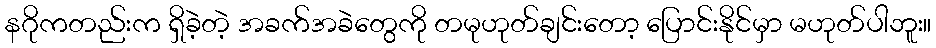
နဂိုကတည်းက ရှိခဲ့တဲ့ အခက်အခဲတွေကို တမုဟုတ်ချင်းတော့ ပြောင်းနိုင်မှာ မဟုတ်ပါဘူး။